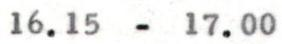
16.15 - 17.00